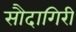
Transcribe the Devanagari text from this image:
सौदागिरी